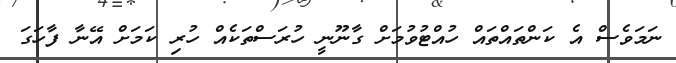
ނަމަވެސް އެ ކަންތައްތައް ހުއްޓުވުމަށް ގާނޫނީ ހުރަސްތަކެއް ހުރި ކަމަށް އޭނާ ފާހަގަ